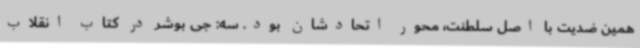
همین ضدیت با اصل سلطنت، محور اتحادشان بود. سه: جی بوشر در کتاب انقلاب